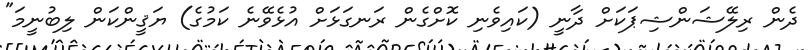
ދެން ރިލޭޝަންޝިޕަކަށް ދާނީ (ކައިވެނި ކޮށްގެން ރަނގަޅަށް އުޅެވޭނެ ކަމުގެ) ޔަޤީންކަން ލިބުނީމަ"